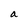
Character: a